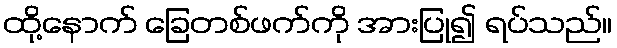
ထို့နောက် ခြေတစ်ဖက်ကို အားပြု၍ ရပ်သည်။